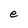
Character: e